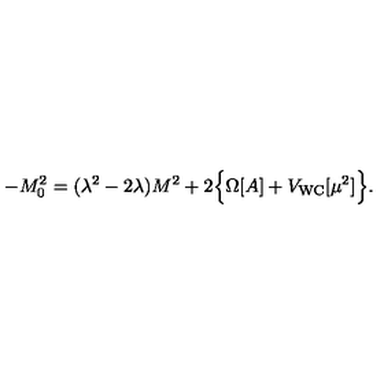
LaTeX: - M _ { 0 } ^ { 2 } = ( \lambda ^ { 2 } - 2 \lambda ) M ^ { 2 } + 2 \Bigl \{ \Omega [ A ] + V _ { \mathrm { W C } } [ \mu ^ { 2 } ] \Bigr \} .